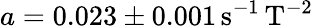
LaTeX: a=0.023\pm 0.001\mathrm{\, s^{-1}\, T^{-2}}